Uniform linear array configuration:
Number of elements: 64
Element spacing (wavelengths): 0.25
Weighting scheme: cosine
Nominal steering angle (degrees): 0
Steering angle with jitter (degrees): -1.426
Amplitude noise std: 0.05
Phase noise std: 0.05

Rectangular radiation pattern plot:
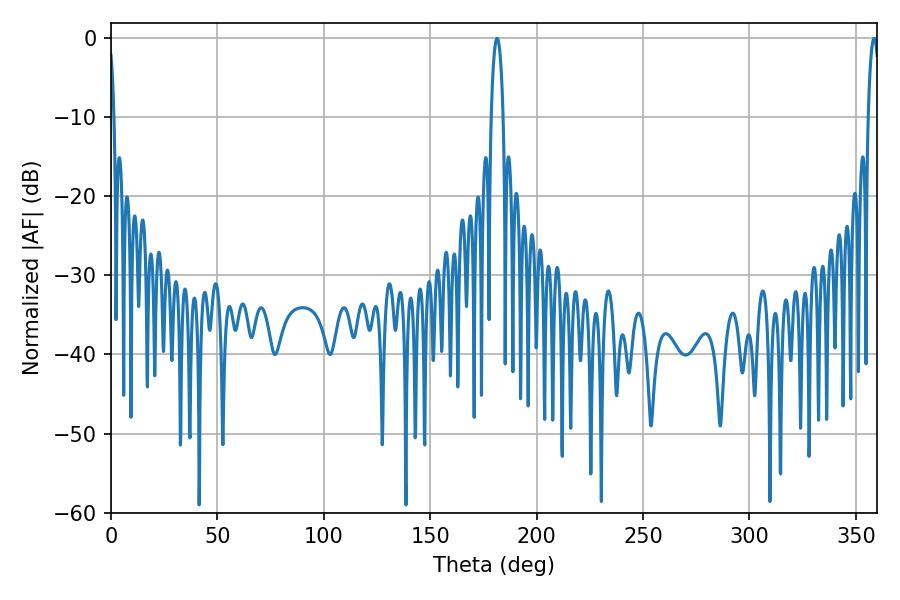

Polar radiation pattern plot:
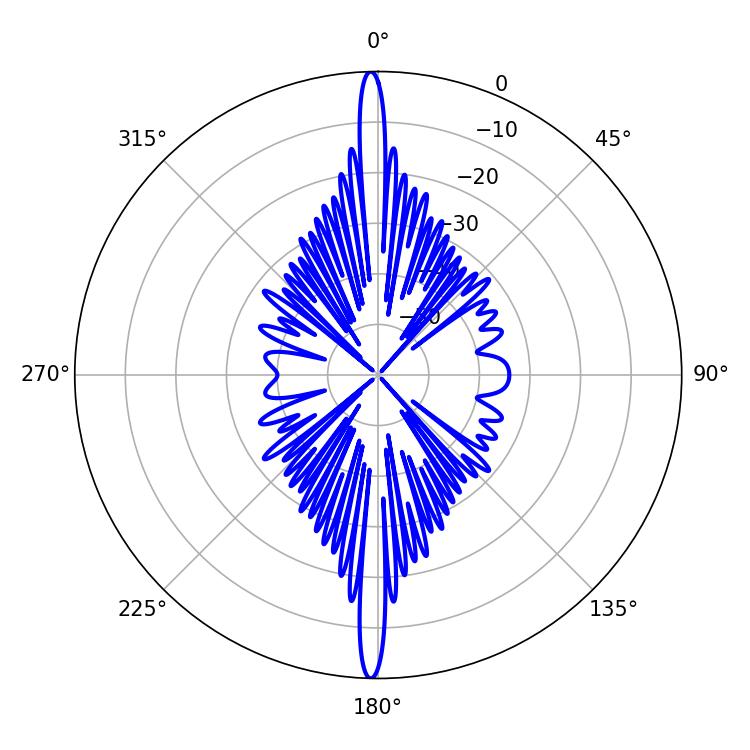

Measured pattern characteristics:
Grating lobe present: FALSE
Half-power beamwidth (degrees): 3.06
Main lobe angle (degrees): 358.56